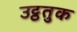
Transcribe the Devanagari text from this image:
उट्ठतुक